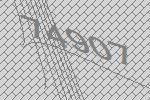
74907